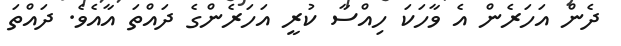
ދެން އަހަރެން އެ ވާހަކަ ހިއްސާ ކުރީ އަހަރެންގެ ދައްތަ އާއެވެ. ދައްތަ